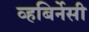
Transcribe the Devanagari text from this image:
व्हबिर्नेसी